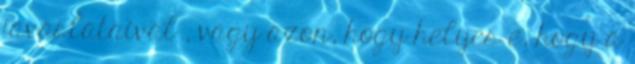
javaslataival , vagy azon, hogy helyes e, hogy a